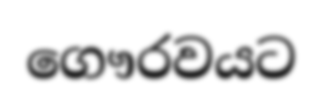
ගෞරවයට